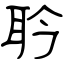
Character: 耹